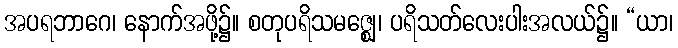
အပရဘာဂေ၊ နောက်အဖို့၌။ စတုပရိသမဇ္ဈေ၊ ပရိသတ်လေးပါးအလယ်၌။ “ယာ၊